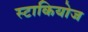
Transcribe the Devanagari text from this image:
स्टाकियोज